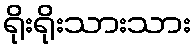
ရိုးရိုးသားသား